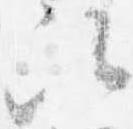
次